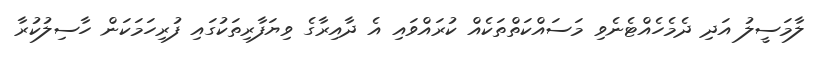
ލާމަސީލު އަދި ދެމެހެއްޓެނެވި މަސައްކަތްތަކެއް ކުރައްވައި އެ ދާއިރާގެ ވިޔަފާރިތަކުގައި ފުރިހަމަކަން ހާސިލުކުރާ